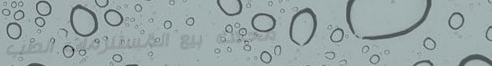
محلات بيع المستلزمات الطب